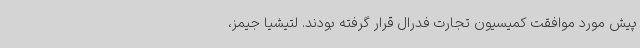
پیش مورد موافقت کمیسیون تجارت فدرال قرار گرفته بودند. لتیشیا جیمز،